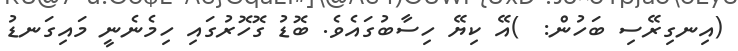
(އިނގިރޭސި ބަހުން:  )އޭ ކިޔޭ ހިސާބުގައެވެ. ބޮޑު ގޮހޮރުގައި ހިމެނެނީ މައިގަނޑު